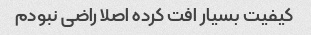
کیفیت بسیار افت کرده اصلا راضی نبودم